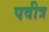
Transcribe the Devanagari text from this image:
पवीत्र